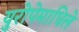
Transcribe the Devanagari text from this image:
युरोपेमाधिले